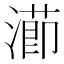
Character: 𭲝